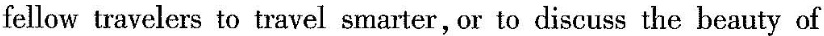
fellow travelers to travel smarter, or to discuss the beauty of